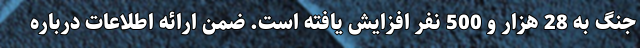
جنگ به 28 هزار و 500 نفر افزایش یافته است. ضمن ارائه اطلاعات درباره